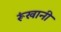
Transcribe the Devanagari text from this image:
रूंखानी